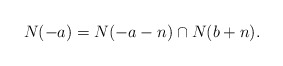
\begin{align*}N(-a)=N(-a-n)\cap N(b+n).\end{align*}